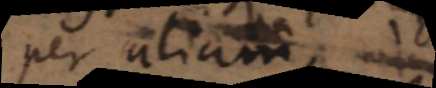
per aliam,